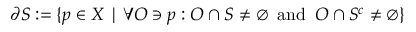
\partial S : = \{ p \in X \mid \forall O \ni p : O \cap S \neq \emptyset \, { \mathrm { ~ a n d ~ } } \, O \cap S ^ { c } \neq \emptyset \}